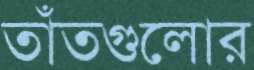
তাঁতগুলোর